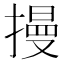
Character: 摱